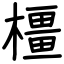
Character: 橿